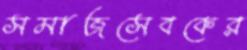
সমাজসেবকের